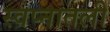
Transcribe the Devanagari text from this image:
स्वप्नातली